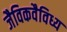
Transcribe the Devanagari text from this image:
जैविकवैविध्य